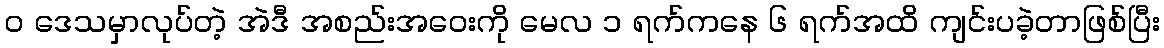
၀ ဒေသမှာလုပ်တဲ့ အဲဒီ အစည်းအဝေးကို မေလ ၁ ရက်ကနေ ၆ ရက်အထိ ကျင်းပခဲ့တာဖြစ်ပြီး